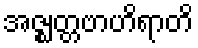
အဇ္ဈတ္တဗာဟိရာတိ